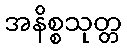
အနိစ္စသုတ္တ